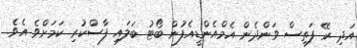
އަދި ރޭ ފަތިސް ވަންދެން އެމްއެންޑީއެފުން ބޯޓު ބަލައި ފާސްކުރި ކަމަށްވެ އެވެ.